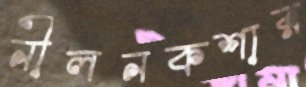
নীলনকশার